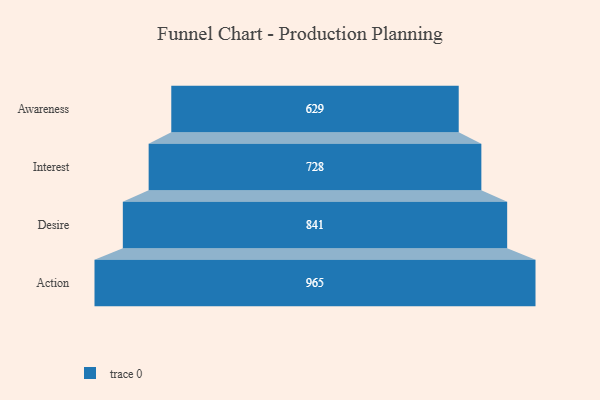
{"axis": {"x": "Stage", "y": "Value"}, "legend": [""], "data": [{"x": "Awareness", "y": 629.0, "type": ""}, {"x": "Interest", "y": 728.0, "type": ""}, {"x": "Desire", "y": 841.0, "type": ""}, {"x": "Action", "y": 965.0, "type": ""}]}